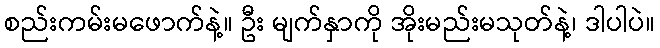
စည်းကမ်းမဖောက်နဲ့။ ဦး မျက်နှာကို အိုးမည်းမသုတ်နဲ့၊ ဒါပါပဲ။